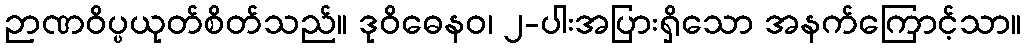
ဉာဏဝိပ္ပယုတ်စိတ်သည်။ ဒုဝိဓေနဝ၊ ၂-ပါးအပြားရှိသော အနက်ကြောင့်သာ။